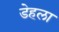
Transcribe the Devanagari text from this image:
डेहला